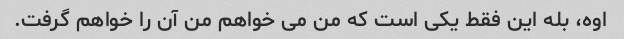
اوه، بله این فقط یکی است که من می خواهم من آن را خواهم گرفت.